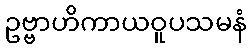
ဥဗ္ဗာဟိကာယဝူပသမနံ